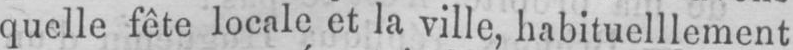
quelle fête locale et la ville, habituelllement